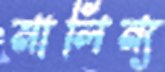
মালিন্য